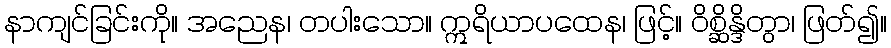
နာကျင်ခြင်းကို။ အညေန၊ တပါးသော။ ဣရိယာပထေန၊ ဖြင့်။ ဝိစ္ဆိန္ဒိတွာ၊ ဖြတ်၍။